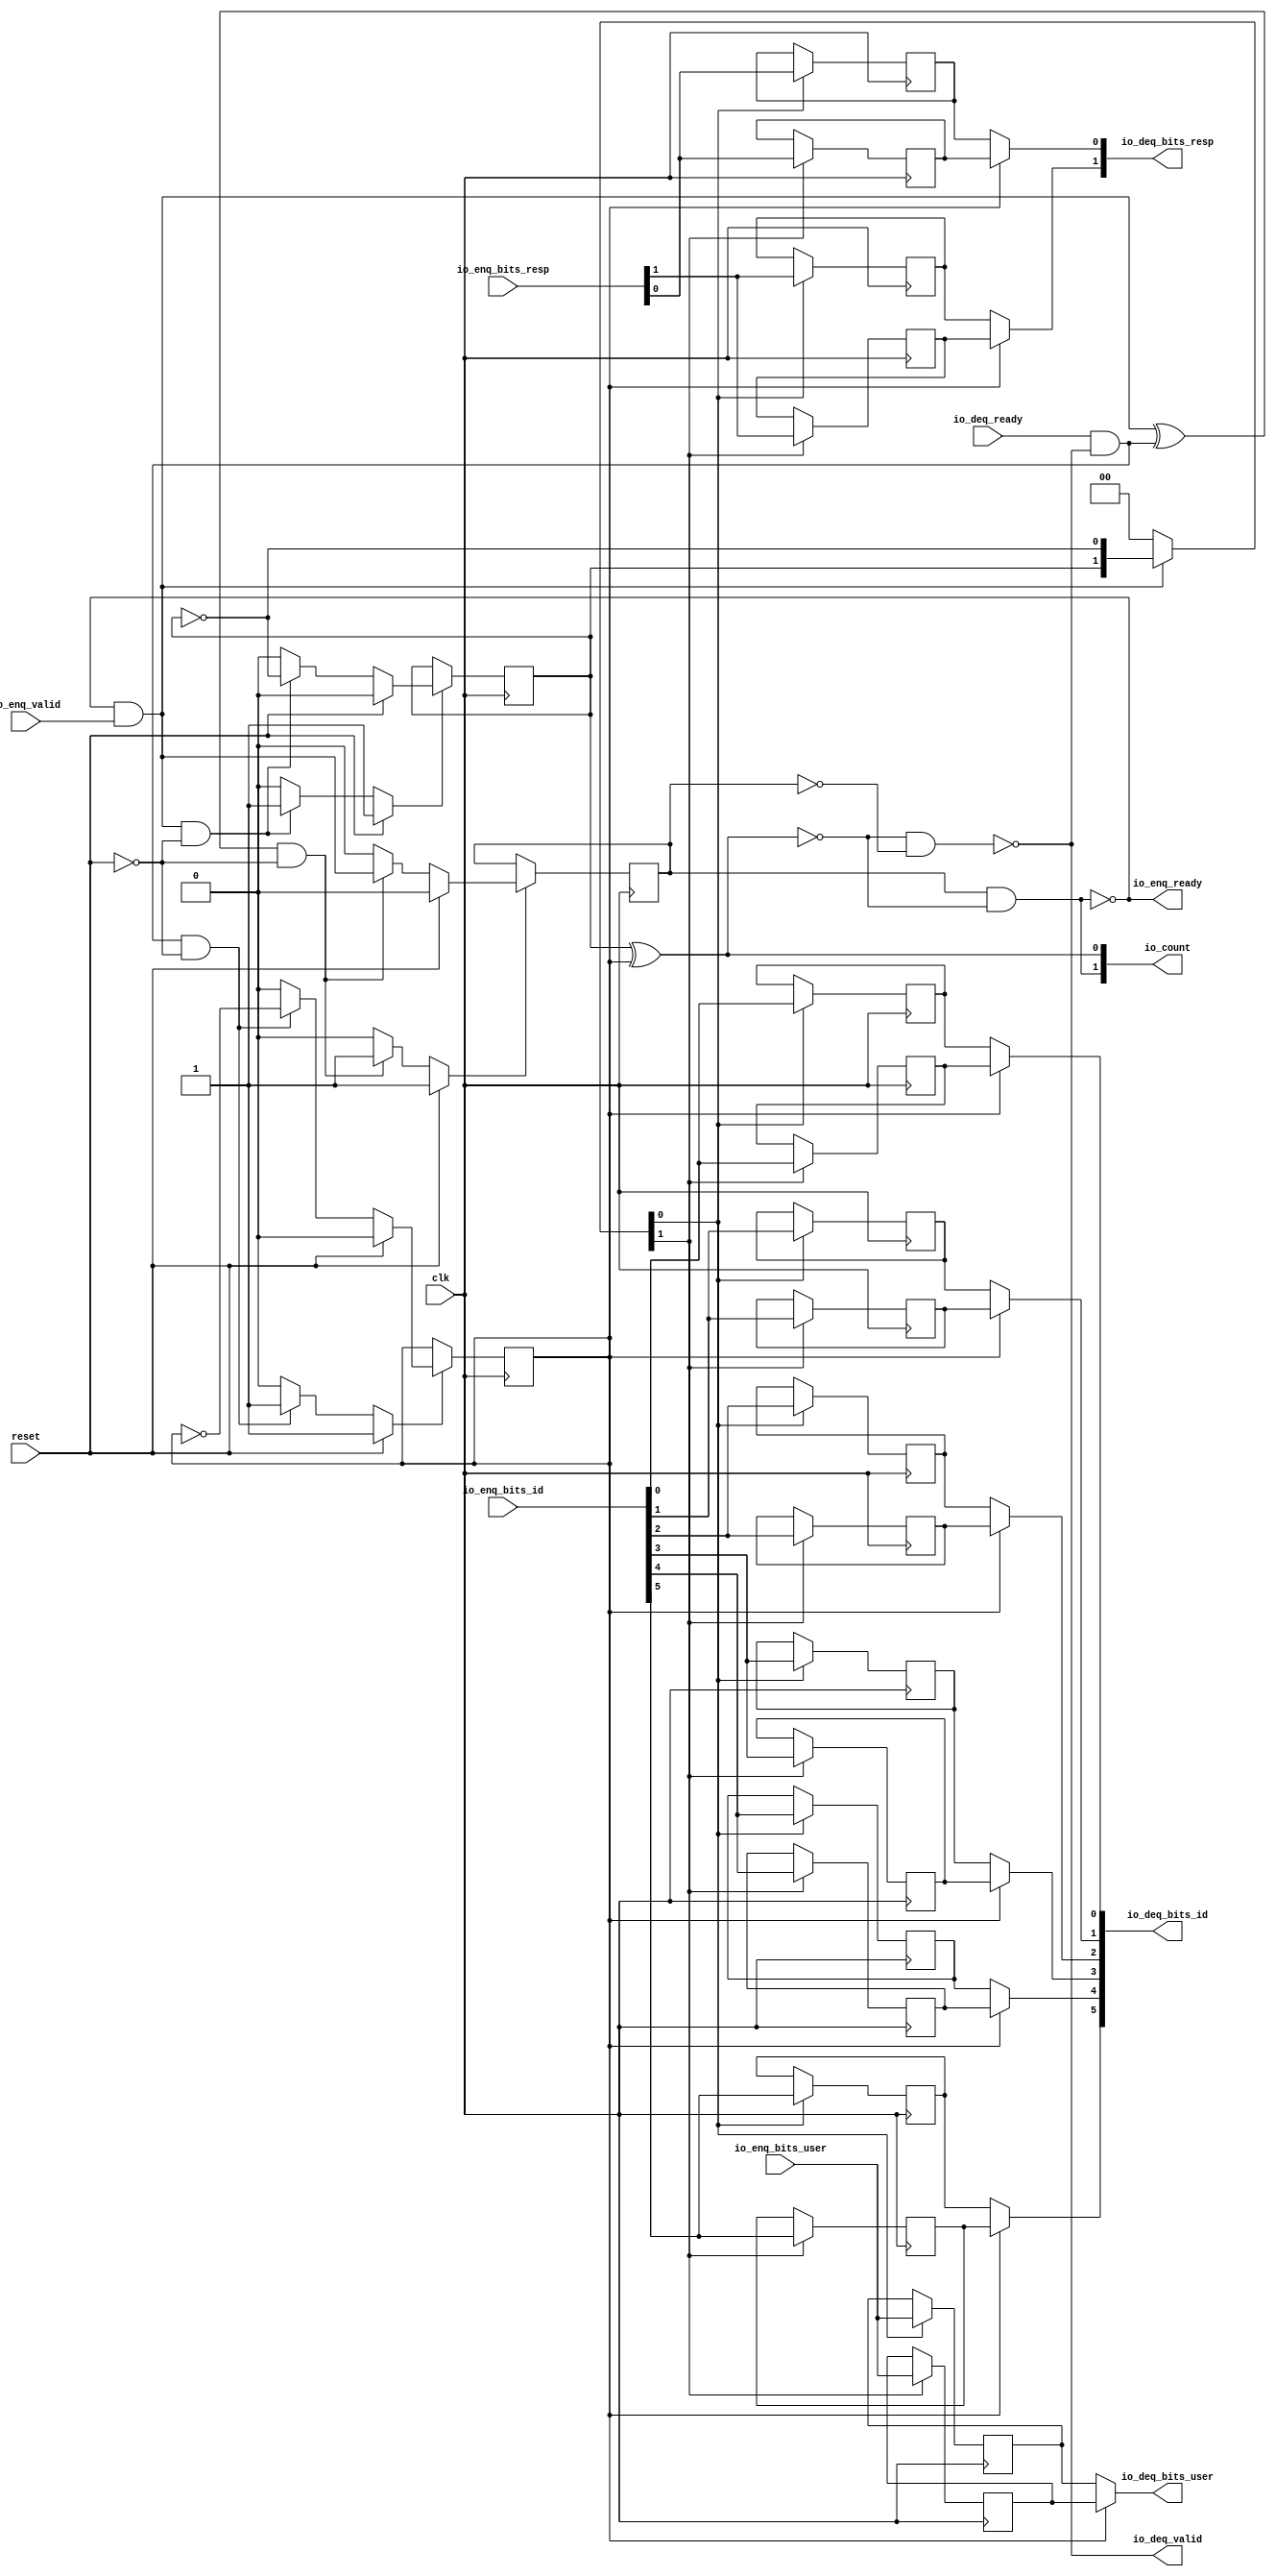
module Queue_5
(
  clk,
  reset,
  io_enq_ready,
  io_enq_valid,
  io_enq_bits_resp,
  io_enq_bits_id,
  io_enq_bits_user,
  io_deq_ready,
  io_deq_valid,
  io_deq_bits_resp,
  io_deq_bits_id,
  io_deq_bits_user,
  io_count
);

  input [1:0] io_enq_bits_resp;
  input [5:0] io_enq_bits_id;
  output [1:0] io_deq_bits_resp;
  output [5:0] io_deq_bits_id;
  output [1:0] io_count;
  input clk;
  input reset;
  input io_enq_valid;
  input io_enq_bits_user;
  input io_deq_ready;
  output io_enq_ready;
  output io_deq_valid;
  output io_deq_bits_user;
  wire [1:0] io_deq_bits_resp,io_count;
  wire [5:0] io_deq_bits_id;
  wire io_enq_ready,io_deq_valid,io_deq_bits_user,N0,N1,N2,N3,N4,do_deq,T3,do_enq,T6,
  ptr_match,T9,N5,empty,T19,full,N6,N7,N8,N9,N10,N11,N12,N13,N14,N15,N16,N17,N18,
  N19,N21,N22,N23,N24,N25,N26;
  reg R1,N20,maybe_full;
  reg [17:0] ram;
  assign N0 = N20 ^ R1;
  assign ptr_match = ~N0;
  assign T9 = do_enq ^ do_deq;
  assign io_deq_bits_resp[1] = (N5)? ram[8] : 
                               (N1)? ram[17] : 1'b0;
  assign N1 = R1;
  assign io_deq_bits_resp[0] = (N5)? ram[7] : 
                               (N1)? ram[16] : 1'b0;
  assign io_deq_bits_id[5] = (N5)? ram[6] : 
                             (N1)? ram[15] : 1'b0;
  assign io_deq_bits_id[4] = (N5)? ram[5] : 
                             (N1)? ram[14] : 1'b0;
  assign io_deq_bits_id[3] = (N5)? ram[4] : 
                             (N1)? ram[13] : 1'b0;
  assign io_deq_bits_id[2] = (N5)? ram[3] : 
                             (N1)? ram[12] : 1'b0;
  assign io_deq_bits_id[1] = (N5)? ram[2] : 
                             (N1)? ram[11] : 1'b0;
  assign io_deq_bits_id[0] = (N5)? ram[1] : 
                             (N1)? ram[10] : 1'b0;
  assign io_deq_bits_user = (N5)? ram[0] : 
                            (N1)? ram[9] : 1'b0;

  always @(posedge clk) begin
    if(N8) begin
      R1 <= N9;
    end 
  end


  always @(posedge clk) begin
    if(N12) begin
      N20 <= N13;
    end 
  end


  always @(posedge clk) begin
    if(N16) begin
      maybe_full <= N17;
    end 
  end


  always @(posedge clk) begin
    if(N22) begin
      ram[17] <= io_enq_bits_resp[1];
    end 
  end


  always @(posedge clk) begin
    if(N22) begin
      ram[16] <= io_enq_bits_resp[0];
    end 
  end


  always @(posedge clk) begin
    if(N22) begin
      ram[15] <= io_enq_bits_id[5];
    end 
  end


  always @(posedge clk) begin
    if(N22) begin
      ram[14] <= io_enq_bits_id[4];
    end 
  end


  always @(posedge clk) begin
    if(N22) begin
      ram[13] <= io_enq_bits_id[3];
    end 
  end


  always @(posedge clk) begin
    if(N22) begin
      ram[12] <= io_enq_bits_id[2];
    end 
  end


  always @(posedge clk) begin
    if(N22) begin
      ram[11] <= io_enq_bits_id[1];
    end 
  end


  always @(posedge clk) begin
    if(N22) begin
      ram[10] <= io_enq_bits_id[0];
    end 
  end


  always @(posedge clk) begin
    if(N22) begin
      ram[9] <= io_enq_bits_user;
    end 
  end


  always @(posedge clk) begin
    if(N21) begin
      ram[8] <= io_enq_bits_resp[1];
    end 
  end


  always @(posedge clk) begin
    if(N21) begin
      ram[7] <= io_enq_bits_resp[0];
    end 
  end


  always @(posedge clk) begin
    if(N21) begin
      ram[6] <= io_enq_bits_id[5];
    end 
  end


  always @(posedge clk) begin
    if(N21) begin
      ram[5] <= io_enq_bits_id[4];
    end 
  end


  always @(posedge clk) begin
    if(N21) begin
      ram[4] <= io_enq_bits_id[3];
    end 
  end


  always @(posedge clk) begin
    if(N21) begin
      ram[3] <= io_enq_bits_id[2];
    end 
  end


  always @(posedge clk) begin
    if(N21) begin
      ram[2] <= io_enq_bits_id[1];
    end 
  end


  always @(posedge clk) begin
    if(N21) begin
      ram[1] <= io_enq_bits_id[0];
    end 
  end


  always @(posedge clk) begin
    if(N21) begin
      ram[0] <= io_enq_bits_user;
    end 
  end

  assign io_count[0] = N20 ^ R1;
  assign T3 = R1 ^ 1'b1;
  assign T6 = N20 ^ 1'b1;
  assign N19 = ~N20;
  assign N8 = (N2)? 1'b1 : 
              (N24)? 1'b1 : 
              (N7)? 1'b0 : 1'b0;
  assign N2 = reset;
  assign N9 = (N2)? 1'b0 : 
              (N24)? T3 : 1'b0;
  assign N12 = (N2)? 1'b1 : 
               (N25)? 1'b1 : 
               (N11)? 1'b0 : 1'b0;
  assign N13 = (N2)? 1'b0 : 
               (N25)? T6 : 1'b0;
  assign N16 = (N2)? 1'b1 : 
               (N26)? 1'b1 : 
               (N15)? 1'b0 : 1'b0;
  assign N17 = (N2)? 1'b0 : 
               (N26)? do_enq : 1'b0;
  assign { N22, N21 } = (N3)? { N20, N19 } : 
                        (N4)? { 1'b0, 1'b0 } : 1'b0;
  assign N3 = do_enq;
  assign N4 = N18;
  assign do_deq = io_deq_ready & io_deq_valid;
  assign do_enq = io_enq_ready & io_enq_valid;
  assign io_count[1] = maybe_full & ptr_match;
  assign N5 = ~R1;
  assign io_deq_valid = ~empty;
  assign empty = ptr_match & T19;
  assign T19 = ~maybe_full;
  assign io_enq_ready = ~full;
  assign full = ptr_match & maybe_full;
  assign N6 = do_deq | reset;
  assign N7 = ~N6;
  assign N10 = do_enq | reset;
  assign N11 = ~N10;
  assign N14 = T9 | reset;
  assign N15 = ~N14;
  assign N18 = ~do_enq;
  assign N23 = ~reset;
  assign N24 = do_deq & N23;
  assign N25 = do_enq & N23;
  assign N26 = T9 & N23;

endmodule